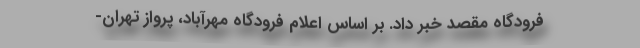
فرودگاه مقصد خبر داد. بر اساس اعلام فرودگاه مهرآباد، پرواز تهران-